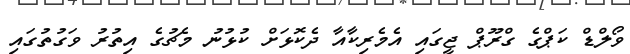
ވޯލްޑް ކަޕްގެ ގްރޫޕް ޖީގައި އެމެރިކާއާ ދެކޮޅަށް ކުޅުނު މެޗުގެ އިތުރު ވަގުތުގައި